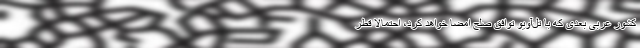
کشور عربی بعدی که با تل‌آویو توافق صلح امضا خواهد کرد، احتمالا قطر